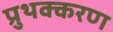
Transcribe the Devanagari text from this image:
प्रुथक्करण